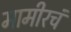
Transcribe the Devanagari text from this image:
मामीरचं